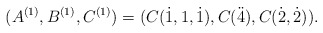
\begin{align*} (A^{(1)},B^{(1)},C^{(1)})=(C(\dot1,1,\dot1),C(\ddot4),C(\dot2,\dot2)). \end{align*}